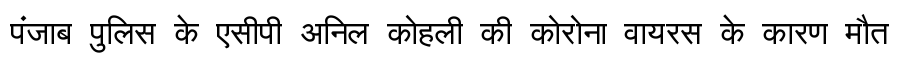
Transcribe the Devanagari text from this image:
पंजाब पुलिस के एसीपी अनिल कोहली की कोरोना वायरस के कारण मौत